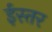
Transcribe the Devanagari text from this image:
ईस्तर